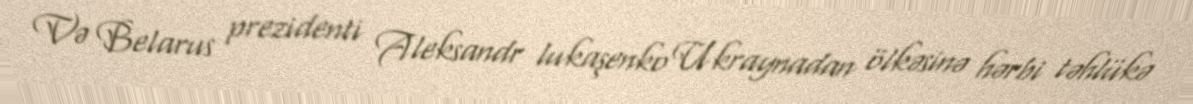
Və Belarus prezidenti Aleksandr lukaşenko Ukraynadan ölkəsinə hərbi təhlükə